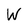
Character: W